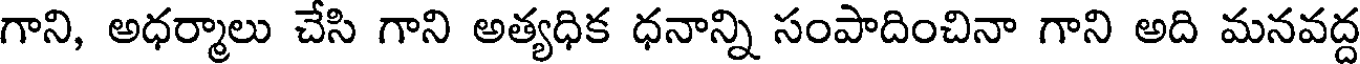
గాని, అధర్మాలు చేసి గాని అత్యధిక ధనాన్ని సంపాదించినా గాని అది మనవద్ద